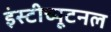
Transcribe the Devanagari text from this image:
इंस्टीच्यूटनल